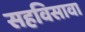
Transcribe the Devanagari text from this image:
सहविसावा